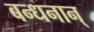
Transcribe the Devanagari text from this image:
बन्धनान्